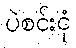
ပဲစင်းငုံ